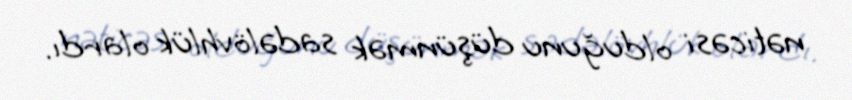
nəticəsi olduğunu düşünmək sadəlövhlük olardı.